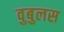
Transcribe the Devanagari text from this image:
वुबुलस